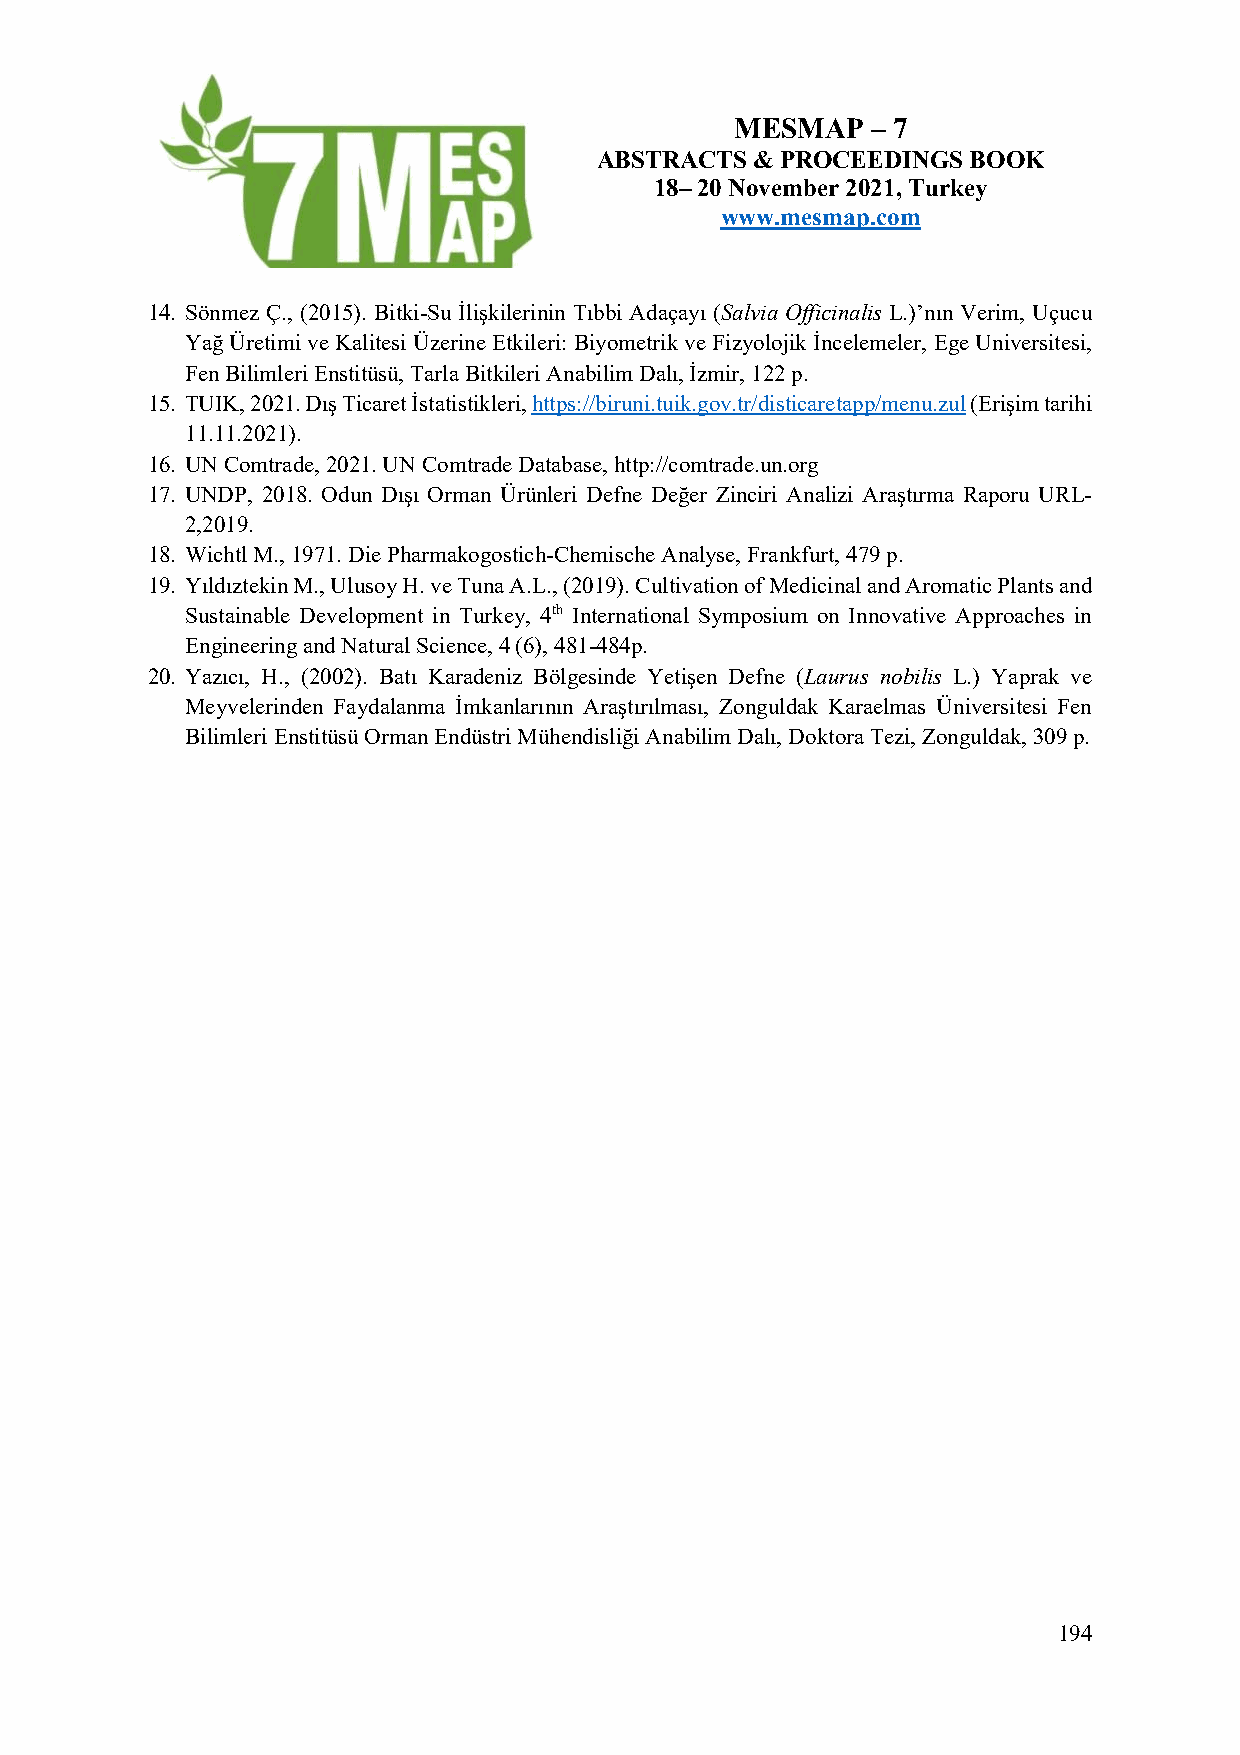
MESMAP   – 7
 ABSTRACTS  & PROCEEDINGS BOOK
 18– 20 November 2021, Turkey
 www.mesmap.com
 14. Sönmez Ç., (2015). Bitki-Su İlişkilerinin Tıbbi Adaçayı (Salvia Officinalis L.)’nın Verim, Uçucu
 Yağ Üretimi ve Kalitesi Üzerine Etkileri: Biyometrik ve Fizyolojik İncelemeler, Ege Universitesi,
 Fen Bilimleri Enstitüsü, Tarla Bitkileri Anabilim Dalı, İzmir, 122 p.
 15. TUIK, 2021. Dış Ticaret İstatistikleri, https://biruni.tuik.gov.tr/disticaretapp/menu.zul (Erişim tarihi
 11.11.2021).
 16. UN Comtrade, 2021. UN Comtrade Database, http://comtrade.un.org
 17. UNDP, 2018. Odun Dışı Orman Ürünleri Defne Değer Zinciri Analizi Araştırma Raporu URL-
 2,2019.
 18. Wichtl M., 1971. Die Pharmakogostich-Chemische Analyse, Frankfurt, 479 p.
 19. Yıldıztekin M., Ulusoy H. ve Tuna A.L., (2019). Cultivation of Medicinal and Aromatic Plants and
 Sustainable Development in Turkey, 4th International Symposium on Innovative Approaches in
 Engineering and Natural Science, 4 (6), 481-484p.
 20. Yazıcı, H., (2002). Batı Karadeniz Bölgesinde Yetişen Defne (Laurus nobilis L.) Yaprak ve
 Meyvelerinden Faydalanma İmkanlarının Araştırılması, Zonguldak Karaelmas Üniversitesi Fen
 Bilimleri Enstitüsü Orman Endüstri Mühendisliği Anabilim Dalı, Doktora Tezi, Zonguldak, 309 p.
 194